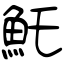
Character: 魠